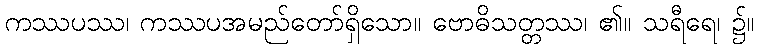
ကဿပဿ၊ ကဿပအမည်တော်ရှိသော။ ဗောဓိသတ္တဿ၊ ၏။ သရီရေ၊ ၌။